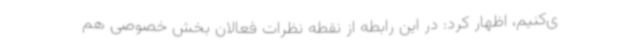
ی‌کنیم، اظهار کرد: در این رابطه از نقطه نظرات فعالان بخش خصوصی هم